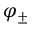
\varphi _ { \pm }